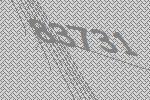
83731